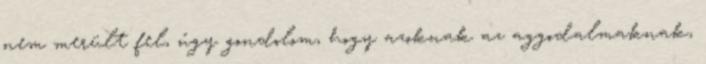
nem merült fel, úgy gondolom, hogy azoknak az aggodalmaknak,